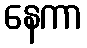
နေကာ